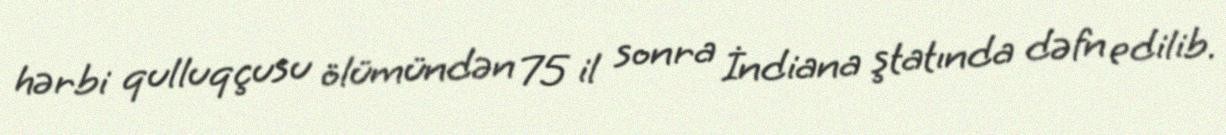
hərbi qulluqçusu ölümündən 75 il sonra İndiana ştatında dəfn edilib.